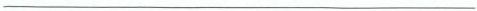
___